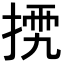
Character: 𢮴